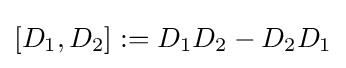
[D_{1},D_{2}]:=D_{1}D_{2}-D_{2}D_{1}